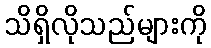
သိရှိလိုသည်များကို